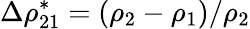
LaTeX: \Delta\rho_{21}^{*}=(\rho_{2}-\rho_{1})/{\rho_{2}}